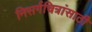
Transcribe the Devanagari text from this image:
निसर्गचित्रांसाठी